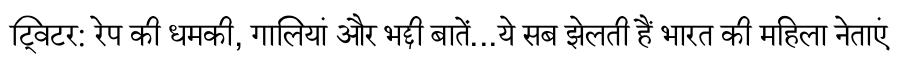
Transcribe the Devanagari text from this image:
ट्विटर: रेप की धमकी, गालियां और भद्दी बातें...ये सब झेलती हैं भारत की महिला नेताएं